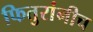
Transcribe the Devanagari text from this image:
फितुरांनीच